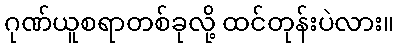
ဂုဏ်ယူစရာတစ်ခုလို့ ထင်တုန်းပဲလား။